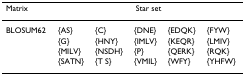
<table><thead><tr><td><b>Matrix</b></td><td colspan="5"><b>Star set</b></td></tr></thead><tbody><tr><td>BLOSUM62</td><td>{AS}</td><td>{C}</td><td>{DNE}</td><td>{EDQK}</td><td>{FYW}</td></tr><tr><td></td><td>{G}</td><td>{HNY}</td><td>{IMLV}</td><td>{KEQR}</td><td>{LMIV}</td></tr><tr><td></td><td>{MILV}</td><td>{NSDH}</td><td>{P}</td><td>{QERK}</td><td>{RQK}</td></tr><tr><td></td><td>{SATN}</td><td>{T S}</td><td>{VMIL}</td><td>{WFY}</td><td>{YHFW}</td></tr></tbody></table>